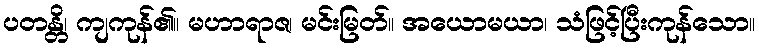
ပတန္တိ၊ ကျကုန်၏။ မဟာရာဇ၊ မင်းမြတ်။ အယောမယာ၊ သံဖြင့်ပြီးကုန်သော။